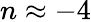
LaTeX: n\approx-4